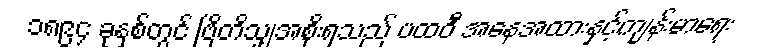
၁၈၉၄ ခုနှစ်တွင် ဗြိတိသျှအစိုးရသည် ပထဝီ အနေအထားနှင့်ကျန်းမာရေး